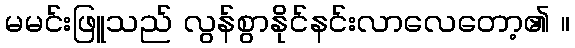
မမင်းဖြူသည် လွန်စွာနိုင်နင်းလာလေတော့၏ ။